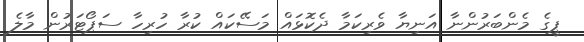
ޕީގެ މެންބަރުންނާ އަނިޔާ ވެރިކަމާ ދެކޮޅައް މަސޭކައް ކުރާ ހުރިހާ ސަޕޯޓަރުން މާލެ